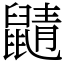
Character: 鼱